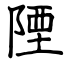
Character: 陻